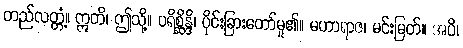
တည်လတ္တံ့။ ဣတိ၊ ဤသို့။ ပရိစ္ဆိန္ဒိ၊ ပိုင်းခြားတော်မူ၏။ မဟာရာဇ၊ မင်းမြတ်။ အပိ၊